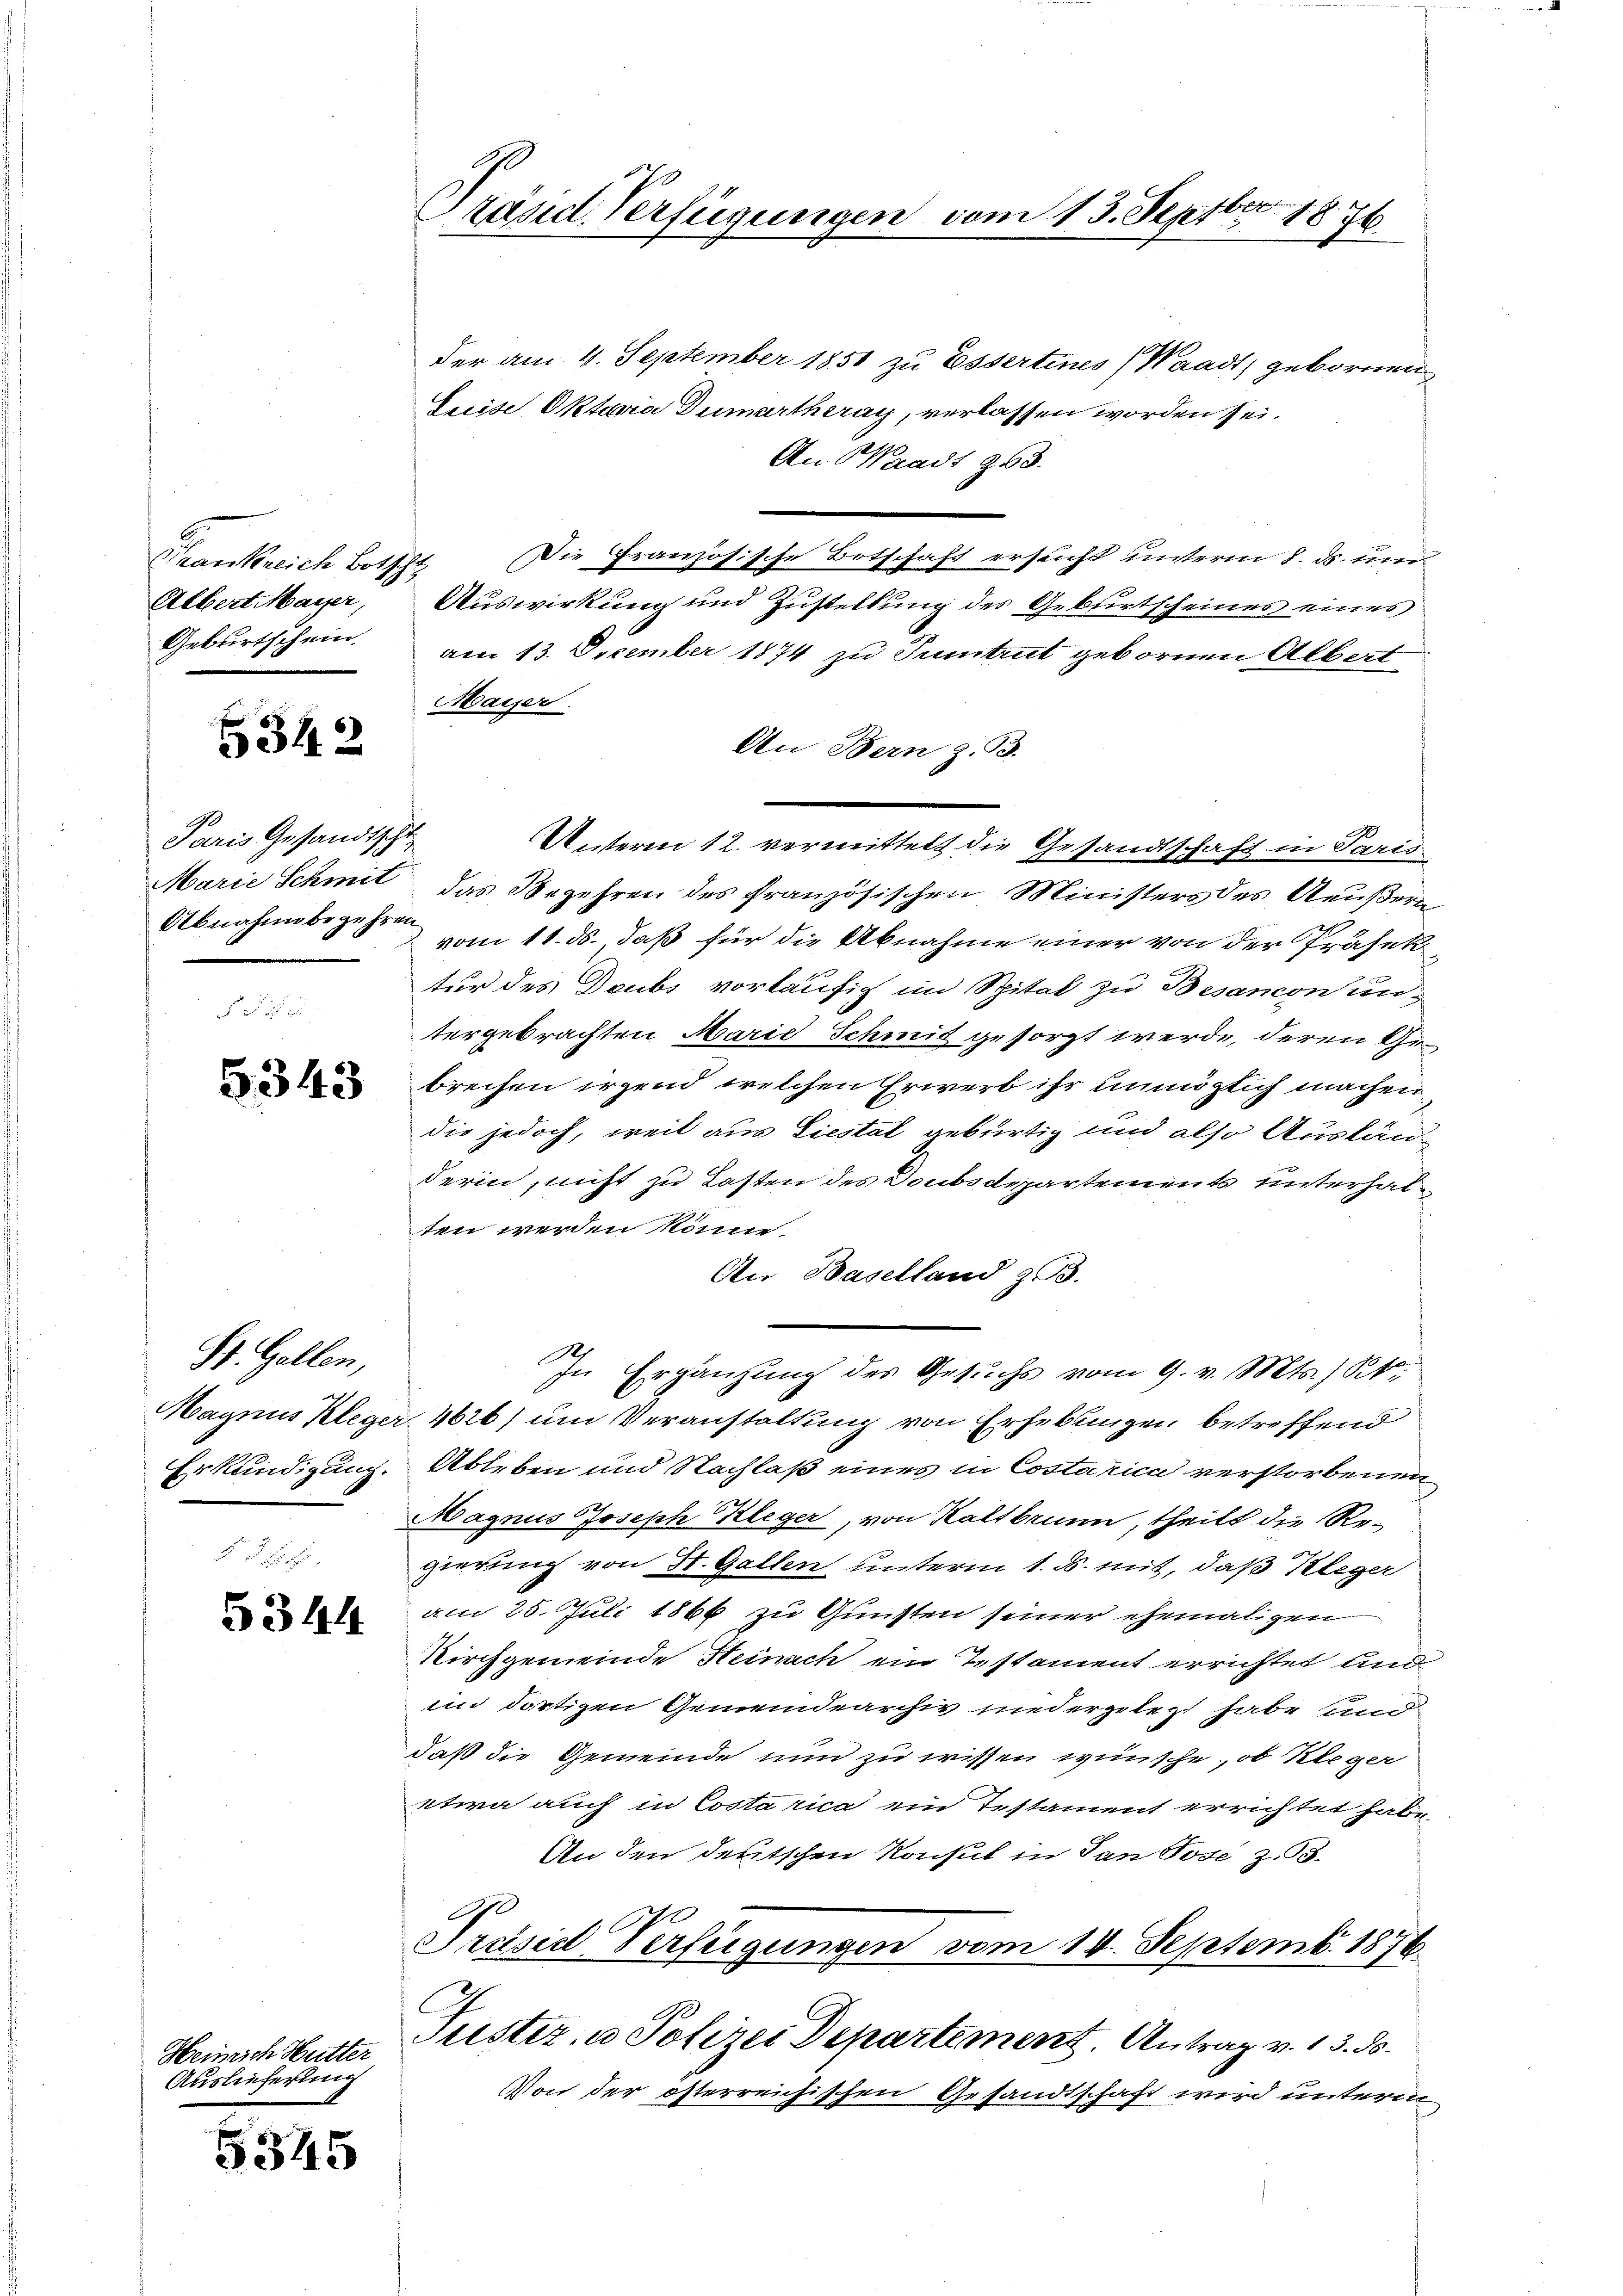
Frankreich Botschl
Albert Mayer,
Geburtschein

5342

Paris Gesandtschr
Marie Schmit
Abnahme begehren

5343

St. Gallen,
Magnus Kleger
Erkundigung.

5344

Heinrich Mutter
Auslieferung

6345

tand. Verfügungen vom 13. Septbr. 1876

der am 4. September 1851 zu Essertines (Waadt, gebornen
Luise Oktavia Dumartheray, verlassen worden sei.
An Waadt 353.
Die Französische Botschaft ersucht unterm 8. ds. und
Auswirkung und Zustellung des Geburtscheines eines
am 13. Dezember 1874 zu Tuntrut gebornen Albert
Maiser.
An Bern z. B.
das Begehren des französischen Ministers des Aeußern
vom 11. ds. daß für die Abnahme einer von der Präsektur des Doubs vorläufig im Spital zu Besancon untergebrachten Marie Schmit gesorgt werde, deren Gebrechen irgend welchen Erwerb ihr unmöglich machen
die jedoch, weil aus Liestal gebürtig und also Auslände
derin, nicht zu Lasten des Doubsdepartements unterhalten werden könne.
An Baselland z.
In Ergänzung des Gesuchs vom 9. v. Mts. k.
4616) um Veranstaltung von Erhebungen betreffend
Ableben und Nachlaß eines in Costarica verstorbenen
Magnus Joseph Kleger, von Kaltbrunn, theilt die Regierung von St. Gallen unterm 1. ds. mit, daß Kleger
am 25. Juli 1866 zu Gunsten seiner ehemaligen
Kirchgemeinde Heinach ein Testament errichtet und
im dortigen Gemeindearchiv niedergelegt habe und
daß die Gemeinde nun zu wissen wünsche, ob Kleger
etwa auch in Costa rica ein Testament errichtet habe.
An den deutschen Konsul in San Tose z. 3.
.
Präsid Verfügungen vom 14. Septemb. 1876.
Tuster, u. Polizei Departement Antrag v. 13. ds.
Von der österreichischen Gesandtschaft wird unterm

Unterm 12. vermittelt die Gesandtschaft in Paris